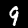
Label: 9